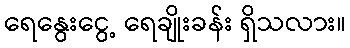
ရေနွေးငွေ့ ရေချိုးခန်း ရှိသလား။